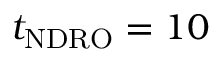
t _ { \mathrm { N D R O } } = 1 0